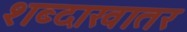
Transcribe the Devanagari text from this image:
शब्दाखातर